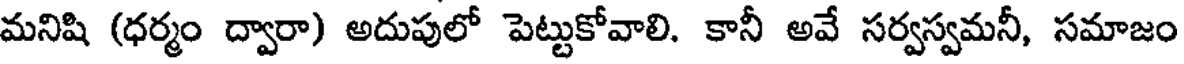
మనిషి (ధర్మం ద్వారా) అదుపులో పెట్టుకోవాలి. కానీ అవే సర్వస్వమనీ, సమాజం